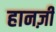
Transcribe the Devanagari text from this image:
हानज़ी